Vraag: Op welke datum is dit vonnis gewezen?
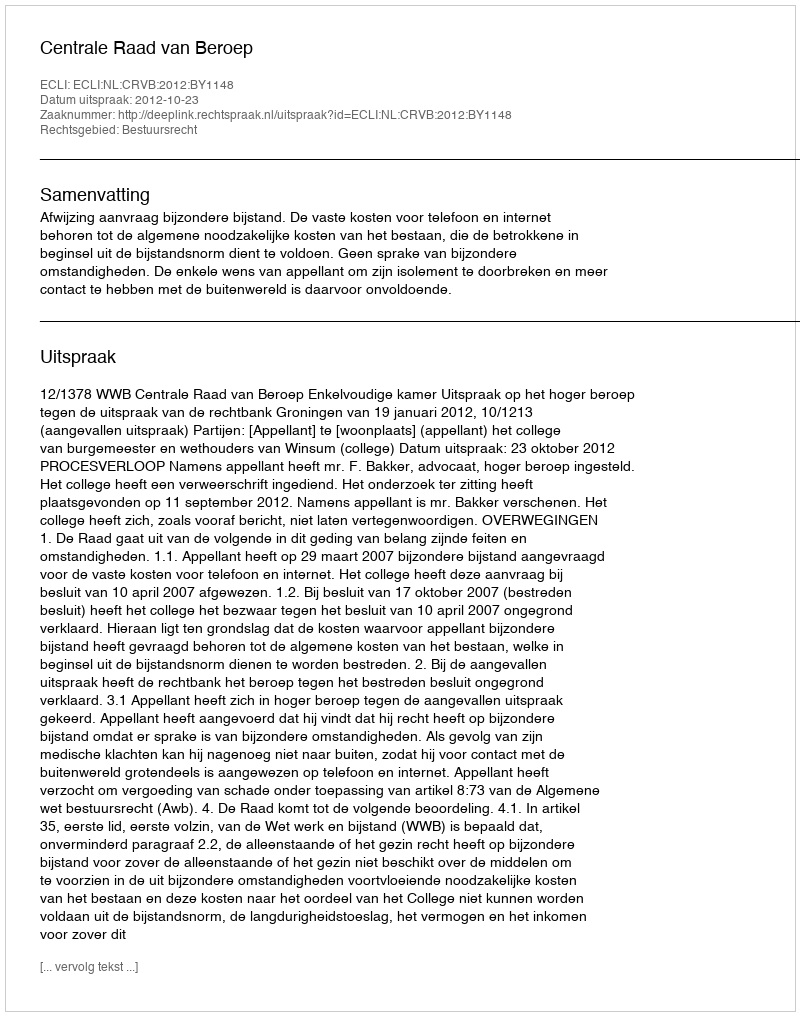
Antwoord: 2012-10-23